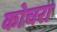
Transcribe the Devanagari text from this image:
कोचरा